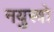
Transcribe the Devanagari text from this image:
नयुस्त्रो